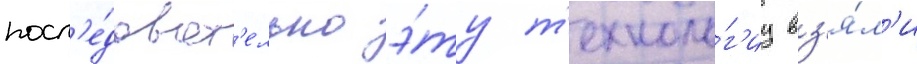
посл'е́доват'ельно э́ту т'ехноло́г'иу вз'я́л'и